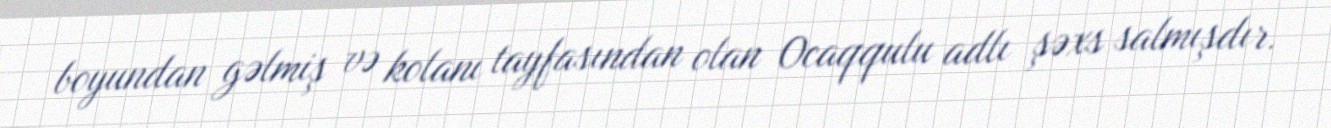
boyundan gəlmiş və kolanı tayfasından olan Ocaqqulu adlı şəxs salmışdır.